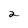
Character: 2